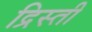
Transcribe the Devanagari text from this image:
द्रिस्ती